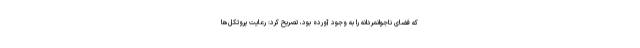
که فضای ناجوانمردانه را به وجود آورده بود، تصریح کرد: رعایت پروتکل‌ها